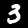
Label: 3